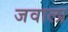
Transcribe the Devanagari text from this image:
जवाला